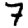
Digit: 7